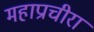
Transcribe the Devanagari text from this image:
महाप्राचीरा